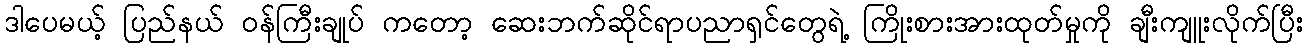
ဒါပေမယ့် ပြည်နယ် ဝန်ကြီးချုပ် ကတော့ ဆေးဘက်ဆိုင်ရာပညာရှင်တွေရဲ့ ကြိုးစားအားထုတ်မှုကို ချီးကျူးလိုက်ပြီး